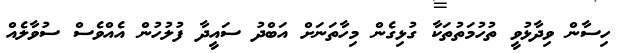
ހިސާން ވިދާޅުވީ ތުހުމަތުތަކާ ގުޅިގެން މިހާތަނަށް އަބްދު ސައީދާ ފުލުހުން އެއްވެސް ސުވާލެއް